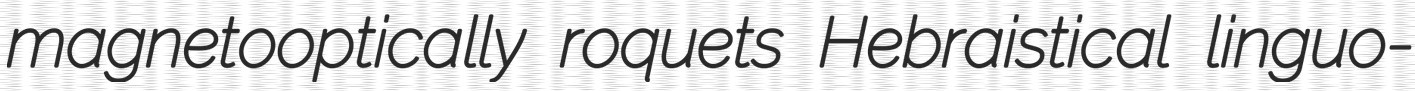
magnetooptically roquets Hebraistical linguo-